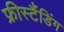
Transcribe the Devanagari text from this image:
फ्रीस्टैंडिंग